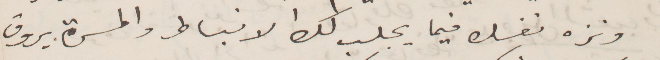
ونزه نفسك فيما يجلب لك كل الانباط والحسّ يروق